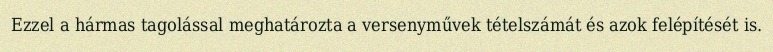
Ezzel a hármas tagolással meghatározta a versenyművek tételszámát és azok felépítését is.